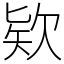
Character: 欵